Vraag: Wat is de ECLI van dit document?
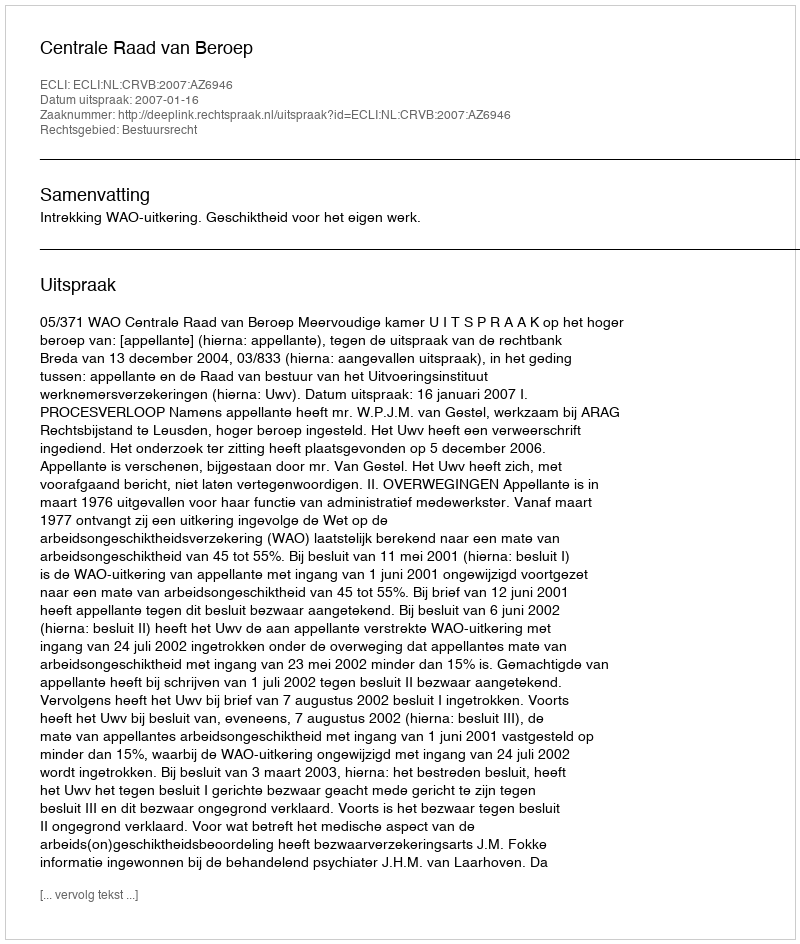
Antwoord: ECLI:NL:CRVB:2007:AZ6946